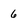
Character: 6